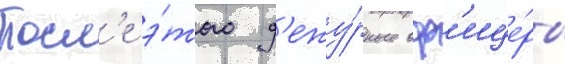
Посл'е э́того д'ежу́рные оф'ице́ры